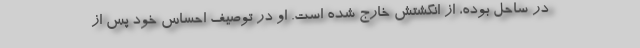
در ساحل بوده، از انگشتش خارج شده است. او در توصیف احساس خود پس از